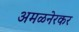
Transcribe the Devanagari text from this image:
अमळनेरकर